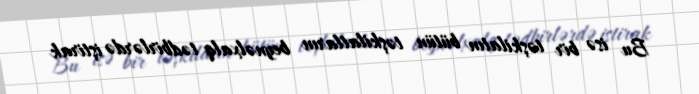
Bu isə bir təşkilatın bütün təşkilatların beynəlxalq tədbirlərdə iştirak